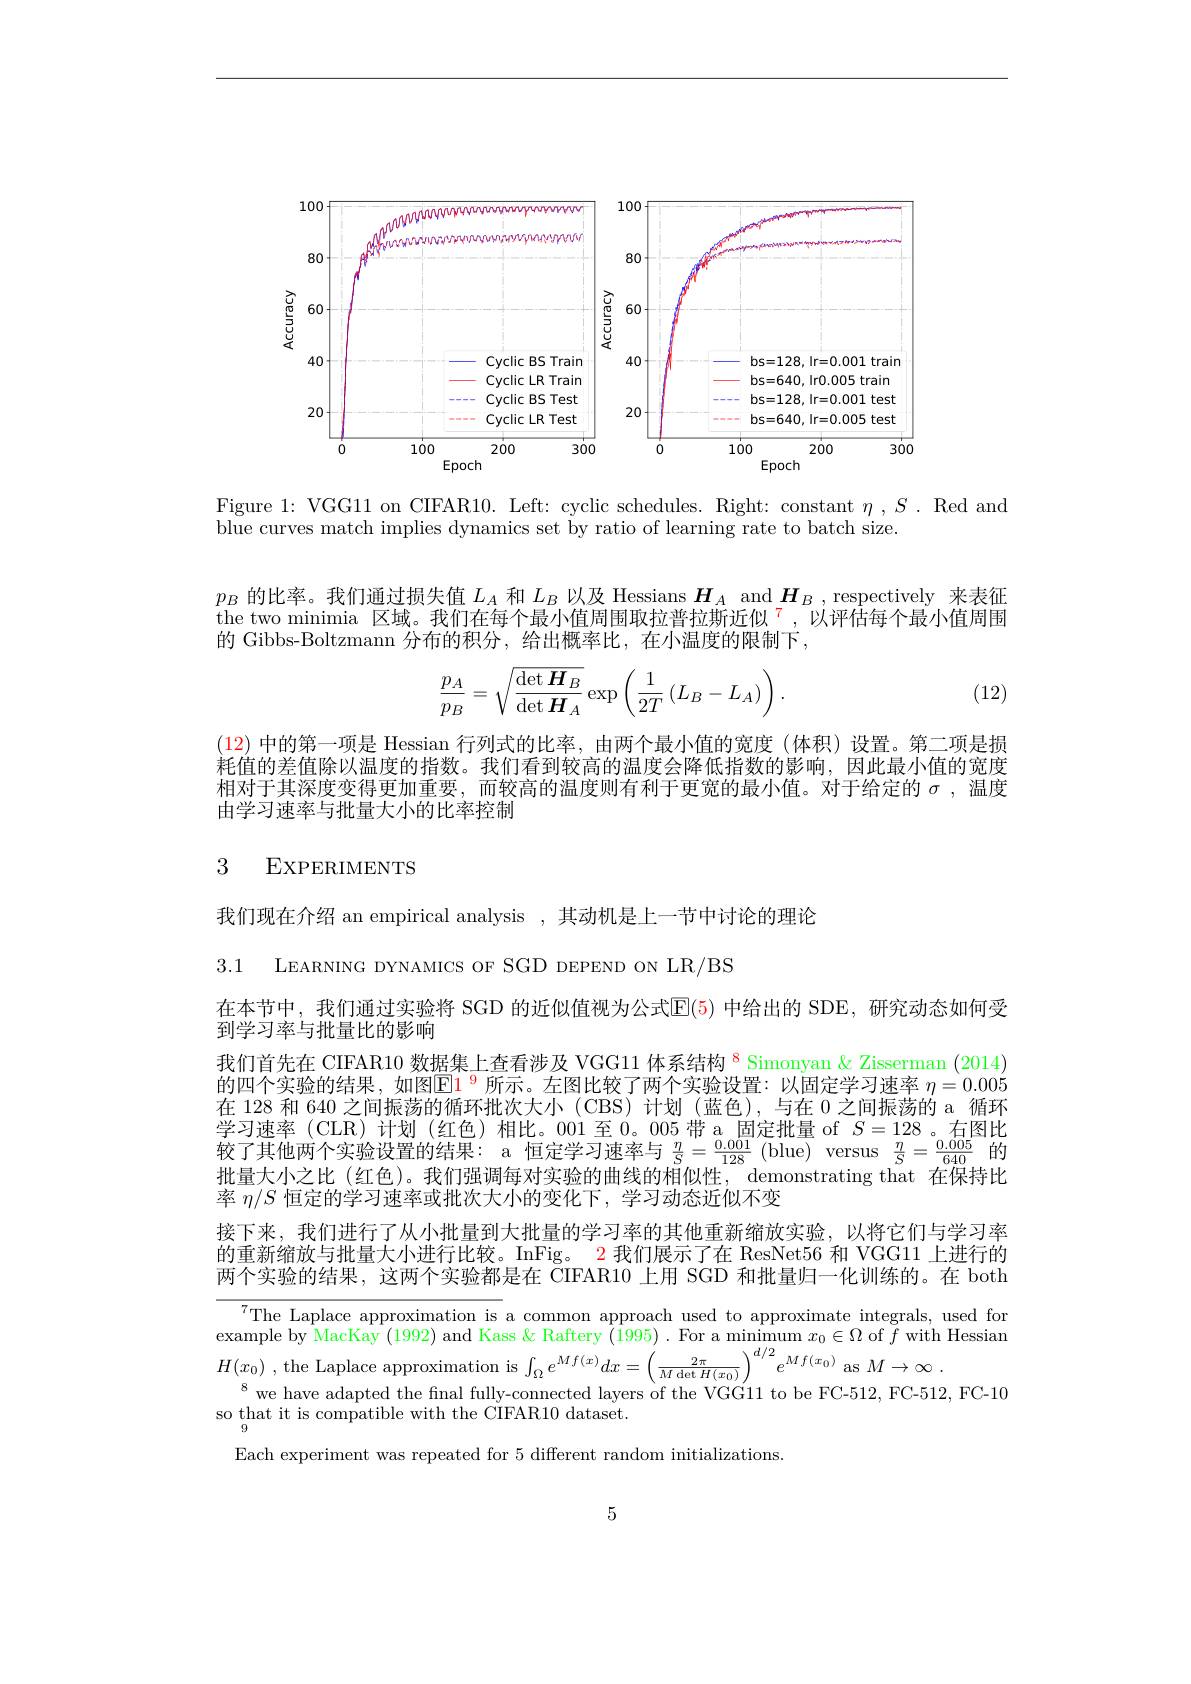
<FigureHere>

Figure 1: VGG11 on CIFAR10. Left: cyclic schedules. Right: constant $\eta,S.$ Red and
blue curves match implies dynamics set by ratio of learning rate to batch size.

$p_B$的比率。我们通过损失值$L_A$和$L_B$以及 Hessians $\boldsymbol{H}_A$ and $\boldsymbol{H}_B$, respectively 来表征the two minimia 区域。我们在每个最小值周围取拉普拉斯近似$^{7},\hat{\text{以评估每个最小值周围}}$ 的 Gibbs-Boltzmann 分布的积分，给出概率比，在小温度的限制下，
$$\frac{p_A}{p_B}=\sqrt{\frac{\det\boldsymbol{H}_B}{\det\boldsymbol{H}_A}}\exp\left(\frac{1}{2T}\left(L_B-L_A\right)\right).$$
(12)

(12)中的第一项是 Hessian 行列式的比率，由两个最小值的宽度(体积)设置。第二项是损耗值的差值除以温度的指数。我们看到较高的温度会降低指数的影响，因此最小值的宽度相对于其深度变得更加重要，而较高的温度则有利于更宽的最小值。对于给定的$\sigma$,温度由学习速率与批量大小的比率控制

## 3 EXPERIMENTS

我们现在介绍 an empirical analysis , 其动机是上一节中讨论的理论

3.1 LEARNING DYNAMICS OF SGD DEPEND ON LR/BS

在本节中，我们通过实验将 SGD 的近似值视为公式E(5) 中给出的 SDE,研究动态如何受
到学习率与批量比的影响
我们首先在 CIFAR10 数据集上查看涉及 VGG11 体系结构$^{8}$ Simonyan & Zisserman (2014) 的四个实验的结果，如图$\color{red}{\boxed{1^9}}$所示。左图比较了两个实验设置：以固定学习速率 $\eta=0.005$ 在 128 和 640 之间振荡的循环批次大小 (CBS) 计划 (蓝色),与在 0 之间振荡的 a 循环学习速率(CLR)计划(红色)相比。001至0。005带 a 固定批量 of $S=128$ 。右图比
$\frac{\eta}{S}=\frac{0.001}{128}$
$\frac{\eta}{S}=\frac{0.005}{640}$
批量大小之比(红色)。我们强调每对实验的曲线的相似性，demonstrating that 在保持比
率$\eta/S$恒定的学习速率或批次大小的变化下，学习动态近似不变
接下来，我们进行了从小批量到大批量的学习率的其他重新缩放实验，以将它们与学习率的重新缩放与批量大小进行比较。InFig。2 我们展示了在 ResNet56 和 VGG11 上进行的两个实验的结果，这两个实验都是在 CIFAR10 上用 SGD 和批量归一化训练的。在 both

The Laplace approximation is a common approach used to approximate integrals, used for example by MacKay (1992) and Kass & Raftery (1995) .For a minimum $x_0\in\Omega$ of $\check{f}$ with Hessian $H( x_{0})$ ,the Laplace approximation is$\int_\Omega e^{Mf(x)}dx=\left(\frac{2\pi}{M\det H(x_{0})}\right)^{d/2}e^{Mf(x_{0})}$ as $M\to \infty$ .
$^{8}$we have adapted the final fully-connected layers of the VGG11 to be FC-512, FC-512, FC-10
so that it is compatible with the CIFAR10 dataset.
Each experiment was repeated for 5 different random initializations.

5